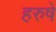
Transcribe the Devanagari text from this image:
हरुषे